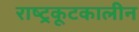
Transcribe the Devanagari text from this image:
राष्ट्रकूटकालीन